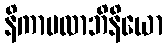
နိကာမလာဘိနိယော